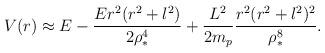
LaTeX: \begin{align*}V(r) \approx E -\frac{E r^2(r^2+l^2)}{2\rho_*^4} +\frac{L^2}{2m_p } \frac{r^2 (r^2+l^2)^2}{\rho_*^8}.\end{align*}